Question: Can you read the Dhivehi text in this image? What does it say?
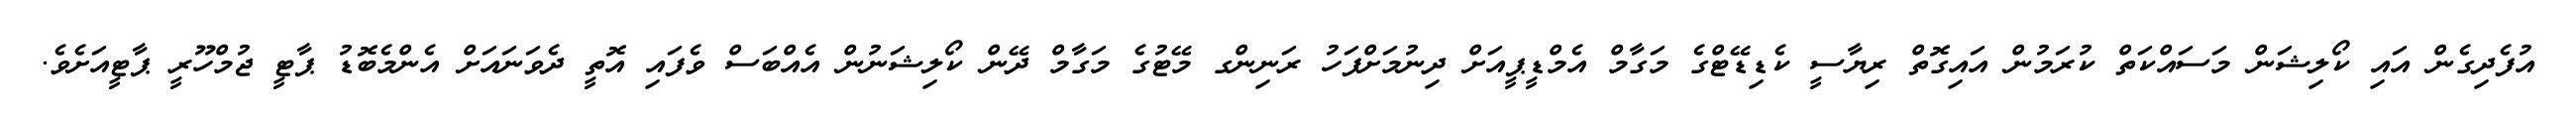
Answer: އުފެދިގެން އައި ކޯލިޝަން މަސައްކަތް ކުރަމުން އައިގޮތް ރިޔާސީ ކެޑިޑޭޓްގެ މަގާމް އެމްޑީޕީއަށް ދިނުމަށްފަހު ރަނިންގ މޭޓުގެ މަގާމް ދޭން ކޯލިޝަނުން އެއްބަސް ވެފައި އޮތީ ދެވަނައަށް އެންމެބޮޑު ޕާޓީ ޖުމްހޫރީ ޕާޓީއަށެވެ.